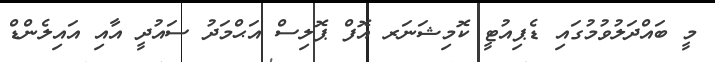
މީ ބައްދަލުވުމުގައި ޑެޕިއުޓީ ކޮމިޝަނަރ އޮފް ޕޮލިސް އަޙްމަދު ސައުދީ އާއި އައިލެންޑް